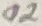
Text: 02